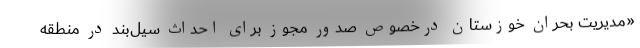
«مدیریت بحران خوزستان درخصوص صدور مجوز برای احداث سیل‌‌بند در منطقه